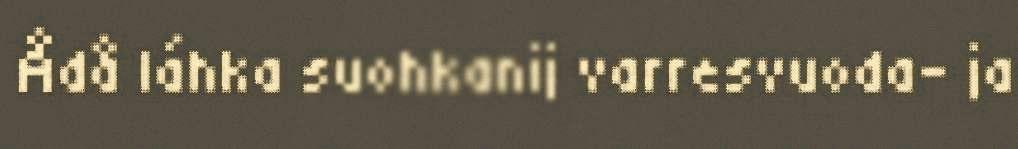
Ådå láhka suohkanij varresvuoda- ja